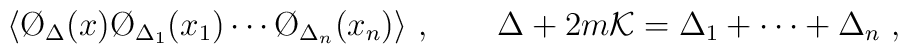
\langle \O_{\Delta} (x) \O_{\Delta _1}(x_1) \cdots \O_{\Delta _n} (x_n) \rangle \ ,\qquad \Delta + 2m {\cal K}= \Delta _1 + \cdots + \Delta _n\ ,